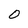
Character: 0